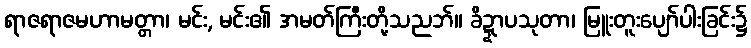
ရာဇရာဇမဟာမတ္တာ၊ မင်း, မင်း၏ အမတ်ကြီးတို့သညဘ်။ ခိဍ္ဍာပသုတာ၊ မြူးတူးပျော်ပါးခြင်း၌